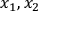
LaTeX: x _ { 1 } , x _ { 2 }